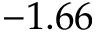
- 1 . 6 6